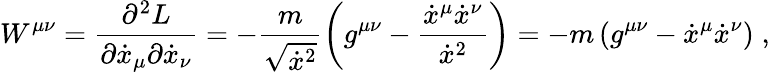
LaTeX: W^{\mu\nu}=\frac{\partial^{2}L}{\partial\dot{x}_{\mu}\partial\dot{x}_{\nu}}=-\frac{m}{\sqrt{\dot{x}^{2}}}\left(g^{\mu\nu}-\frac{\dot{x}^{\mu}\dot{x}^{\nu}}{\dot{x}^{2}}\right)=-m\left(g^{\mu\nu}-\dot{x}^{\mu}\dot{x}^{\nu}\right)\; ,